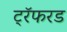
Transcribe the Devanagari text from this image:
ट्रॅफरड